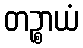
တဉ္စာယံ